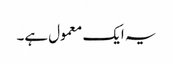
یہ ایک معمول ہے۔